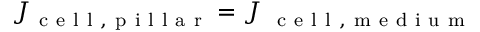
J _ { \mathrm { ~ c ~ e ~ l ~ l ~ , ~ p ~ i ~ l ~ l ~ a ~ r ~ } } = J _ { \mathrm { ~ \mathrm { ~ c ~ e ~ l ~ l ~ , ~ m ~ e ~ d ~ i ~ u ~ m ~ } ~ } }